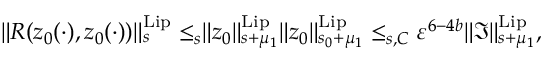
\begin{array} { r } { \rVert R ( z _ { 0 } ( \cdot ) , z _ { 0 } ( \cdot ) ) \rVert _ { s } ^ { \mathrm { L i p } } \le _ { s } \rVert z _ { 0 } \rVert _ { s + \mu _ { 1 } } ^ { \mathrm { L i p } } \rVert z _ { 0 } \rVert _ { s _ { 0 } + \mu _ { 1 } } ^ { \mathrm { L i p } } \le _ { s , C } \varepsilon ^ { 6 - 4 b } \rVert \mathfrak { I } \rVert _ { s + \mu _ { 1 } } ^ { \mathrm { L i p } } , } \end{array}